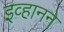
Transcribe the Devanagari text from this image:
इव्हानने